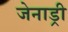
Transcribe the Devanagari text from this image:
जेनाड्री